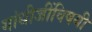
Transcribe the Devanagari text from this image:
गांधीजींविषयी